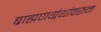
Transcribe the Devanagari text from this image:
ब्राह्मणग्रंथांवरून